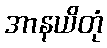
အာနယိတုံ